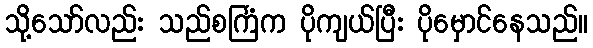
သို့သော်လည်း သည်စင်္ကြံက ပိုကျယ်ပြီး ပိုမှောင်နေသည်။